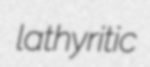
lathyritic